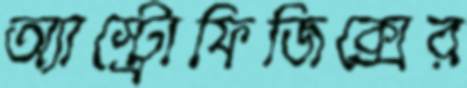
অ্যাস্ট্রোফিজিক্সের